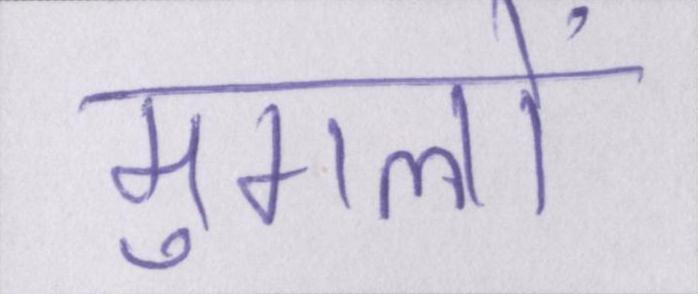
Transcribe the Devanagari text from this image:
मुगलों